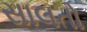
સાલતો